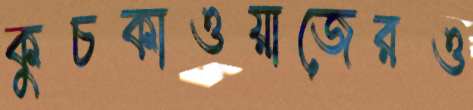
কুচকাওয়াজেরও